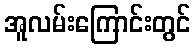
အူလမ်းကြောင်းတွင်